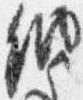
納